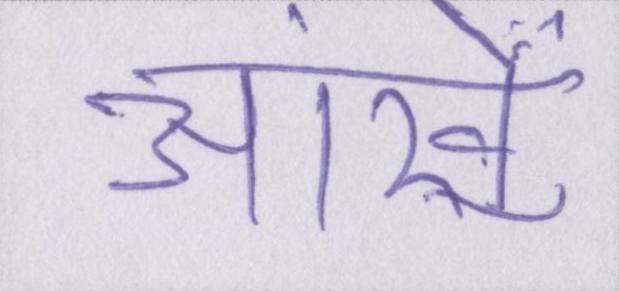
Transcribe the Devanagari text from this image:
आंखें